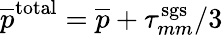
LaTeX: \overline{{p}}^{\mathrm{total}}=\overline{{p}}+\tau_{mm}^{\mathrm{sgs}}/3